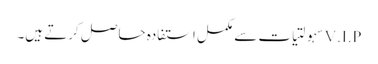
V.I.Pسہولتیات سے مکمل استفادہ حاصل کرتے ہیں۔